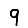
Digit: 9